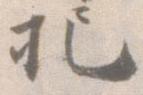
把